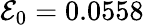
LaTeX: {\cal E}_{0}=0.0558